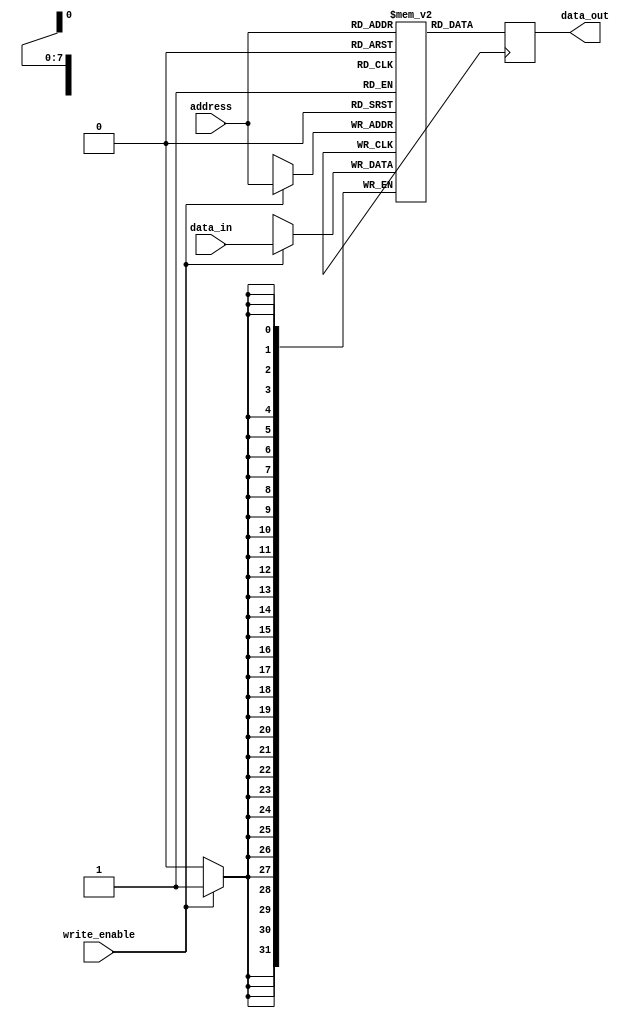
module MemoryBlock (
  input [7:0] address,
  input [31:0] data_in,
  input write_enable,
  output [31:0] data_out
);

reg [31:0] memory [0:255]; // 256 memory blocks with 32-bit data storage

always @ (posedge clock) begin
  if (write_enable) begin
    memory[address] <= data_in;
  end
  data_out <= memory[address];
end

endmodule